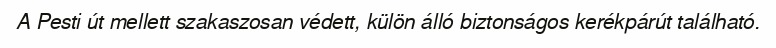
A Pesti út mellett szakaszosan védett, külön álló biztonságos kerékpárút található.